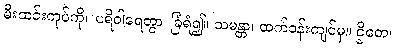
မီးထင်းကုပ်ကို။ ပရိဝါရေတွာ၊ ခြံရံ၍။ သမန္တာ၊ ထက်ဝန်းကျင်မှ။ ဌိတေ၊